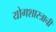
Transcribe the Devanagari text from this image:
योगशास्त्राची